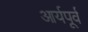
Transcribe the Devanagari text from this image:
आर्यपूर्व